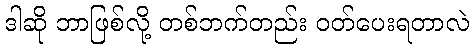
ဒါဆို ဘာဖြစ်လို့ တစ်ဘက်တည်း ဝတ်ပေးရတာလဲ